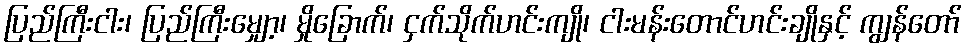
ပြည်ကြီးငါး၊ ပြည်ကြီးမျှော့၊ မှိုခြောက်၊ ငှက်သိုက်ဟင်းကျို၊ ငါးမန်းတောင်ဟင်းချိုနှင့် ကျွန်တော်